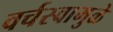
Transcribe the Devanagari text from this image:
वर्चस्वामुळे